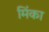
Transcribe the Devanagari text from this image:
मिंका